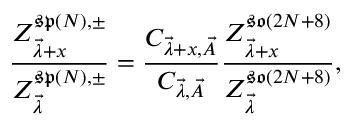
\frac { Z _ { \vec { \lambda } + x } ^ { \mathfrak { s p } ( N ) , \pm } } { Z _ { \vec { \lambda } } ^ { \mathfrak { s p } ( N ) , \pm } } = \frac { C _ { \vec { \lambda } + x , \vec { A } } } { C _ { \vec { \lambda } , \vec { A } } } \frac { Z _ { \vec { \lambda } + x } ^ { \mathfrak { s o } ( 2 N + 8 ) } } { Z _ { \vec { \lambda } } ^ { \mathfrak { s o } ( 2 N + 8 ) } } ,